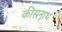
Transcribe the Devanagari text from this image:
कीसनाथ